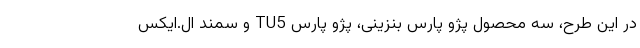
در این طرح، سه محصول پژو پارس بنزینی، پژو پارس TU5 و سمند ال.ایکس